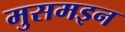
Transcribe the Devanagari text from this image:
मुसमइन